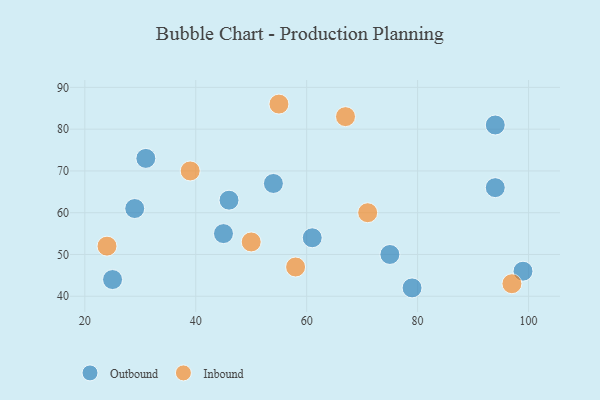
{"axis": {"x": "GDP", "y": "Life Expectancy"}, "legend": ["Inbound", "Outbound"], "data": [{"x": "25", "y": 44, "type": "Outbound"}, {"x": "54", "y": 67, "type": "Outbound"}, {"x": "61", "y": 54, "type": "Outbound"}, {"x": "94", "y": 81, "type": "Outbound"}, {"x": "31", "y": 73, "type": "Outbound"}, {"x": "45", "y": 55, "type": "Outbound"}, {"x": "29", "y": 61, "type": "Outbound"}, {"x": "94", "y": 66, "type": "Outbound"}, {"x": "99", "y": 46, "type": "Outbound"}, {"x": "79", "y": 42, "type": "Outbound"}, {"x": "75", "y": 50, "type": "Outbound"}, {"x": "46", "y": 63, "type": "Outbound"}, {"x": "58", "y": 47, "type": "Inbound"}, {"x": "55", "y": 86, "type": "Inbound"}, {"x": "97", "y": 43, "type": "Inbound"}, {"x": "67", "y": 83, "type": "Inbound"}, {"x": "50", "y": 53, "type": "Inbound"}, {"x": "39", "y": 70, "type": "Inbound"}, {"x": "71", "y": 60, "type": "Inbound"}, {"x": "24", "y": 52, "type": "Inbound"}]}